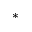
^ { * }